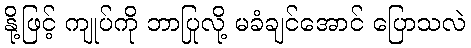
နို့ဖြင့် ကျုပ်ကို ဘာပြုလို့ မခံချင်အောင် ပြောသလဲ